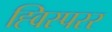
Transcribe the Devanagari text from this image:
ह्विस्परर